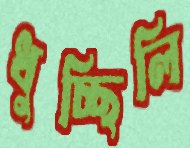
ধুচ্ছিলি